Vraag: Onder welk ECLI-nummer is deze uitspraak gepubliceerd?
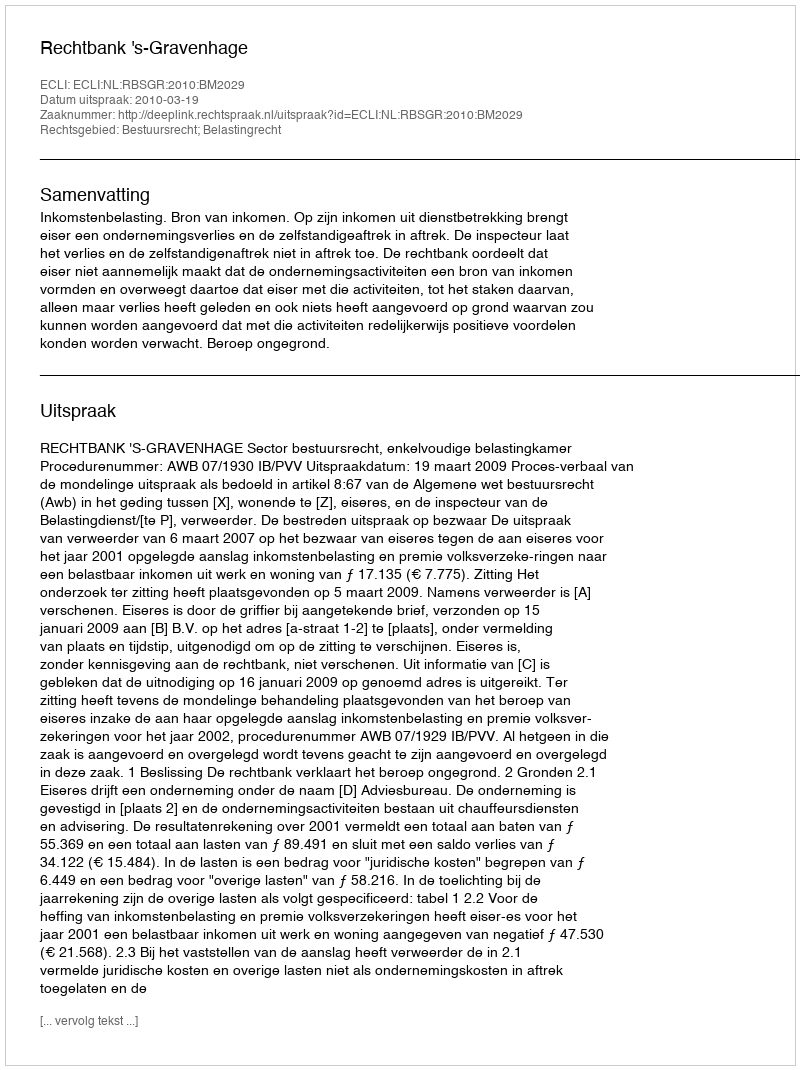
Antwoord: ECLI:NL:RBSGR:2010:BM2029